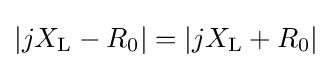
|jX_{\mathrm {L} }-R_{\mathrm {0} }|=|jX_{\mathrm {L} }+R_{\mathrm {0} }|